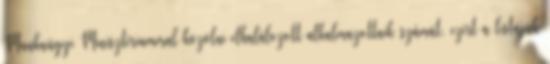
Munkaügyi Minisztériummal közölni elhalálozott alkalmazottaik számát, ezért a listájuk